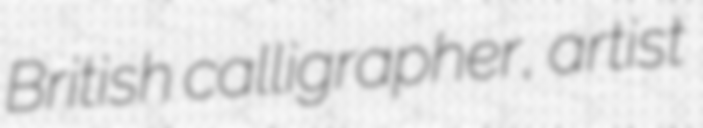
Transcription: British calligrapher, artist